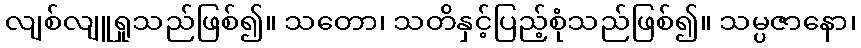
လျစ်လျူရှုသည်ဖြစ်၍။ သတော၊ သတိနှင့်ပြည့်စုံသည်ဖြစ်၍။ သမ္ပဇာနော၊